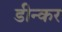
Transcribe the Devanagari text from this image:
डीन्कर